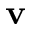
\mathbf { v }